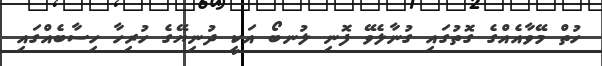
ހުތް މޭވާއެއްގެ ގޮތުގައި ގުނާލެވޭ ފޮނި ލުނބޯ އަކީ ދުނިޔޭގެ ހުރިހާ ހިސާބެއްގައި